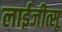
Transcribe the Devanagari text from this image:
लाईजीत्सू